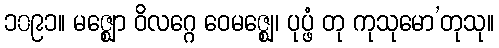
၁၀၉၁။ မဇ္ဈော ဝိလဂ္ဂေ ဝေမဇ္ဈေ၊ ပုပ္ဖံ တု ကုသုမော’တုသု။